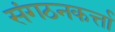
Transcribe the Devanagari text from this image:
संगठनकर्त्ता